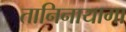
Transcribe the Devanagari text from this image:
तानिनायागा